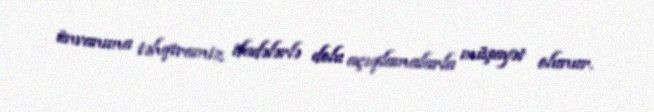
ünvanıma təhqiramiz ifadələrlə dolu açıqlamalarla müşayət olunur.